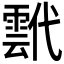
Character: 𩃷